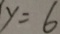
y = 6